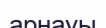
арнауы